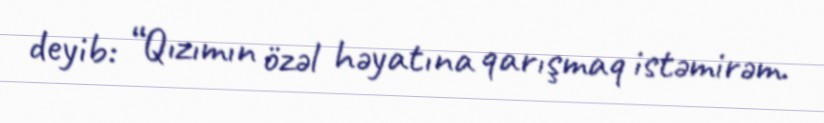
deyib: “Qızımın özəl həyatına qarışmaq istəmirəm.